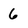
Character: 6